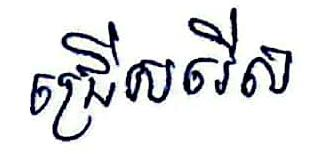
ជ្រើសរើស